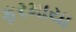
ફરમાયા